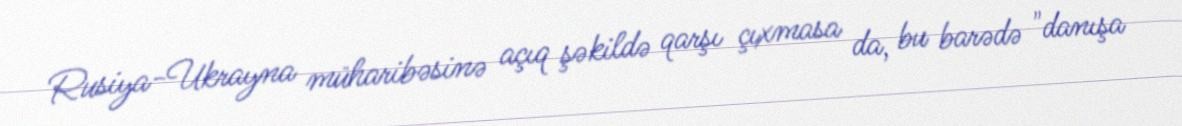
Rusiya-Ukrayna müharibəsinə açıq şəkildə qarşı çıxmasa da, bu barədə "danışa